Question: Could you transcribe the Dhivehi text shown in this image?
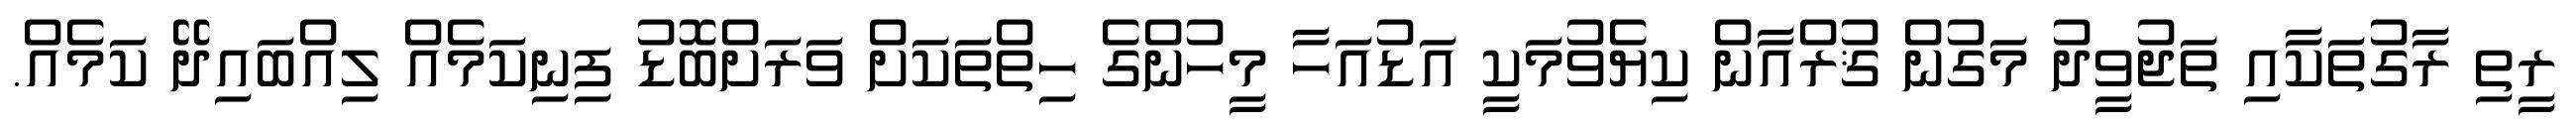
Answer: ރީތި ރާގުތަކާއި ތަޖުވީދު މަގުން ޤުރްއާން ކިޔެވުމަކީ އަޑުއަހާ މީހުންގެ ހިތްތަކަށް ވަރަށްބޮޑު ފިނިކަމެއް ލިއްބައިދޭ ކަމެއް.